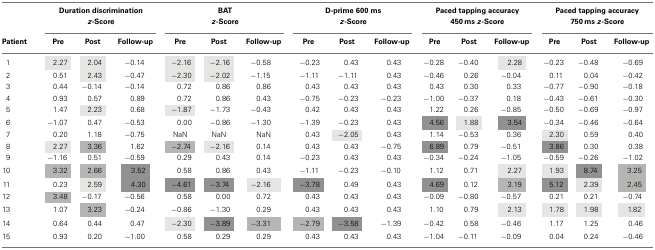
<table><thead><tr><td></td><td colspan="3"><b>Duration discrimination</b></td><td colspan="3"><b>BAT</b></td><td colspan="3"><b>D-prime 600 ms</b></td><td colspan="3"><b>Paced tapping accuracy</b></td><td colspan="3"><b>Paced tapping accuracy</b></td></tr><tr><td></td><td colspan="3"><b><i>z</i>-Score</b></td><td colspan="3"><b><i>z</i>-Score</b></td><td colspan="3"><b><i>z</i>-Score</b></td><td colspan="3"><b>450 ms <i>z</i>-Score</b></td><td colspan="3"><b>750 ms <i>z</i>-Score</b></td></tr><tr><td><b>Patient</b></td><td><b>Pre</b></td><td><b>Post</b></td><td><b>Follow-up</b></td><td><b>Pre</b></td><td><b>Post</b></td><td><b>Follow-up</b></td><td><b>Pre</b></td><td><b>Post</b></td><td><b>Follow-up</b></td><td><b>Pre</b></td><td><b>Post</b></td><td><b>Follow-up</b></td><td><b>Pre</b></td><td><b>Post</b></td><td><b>Follow-up</b></td></tr></thead><tbody><tr><td>1</td><td>2.27</td><td>2.04</td><td>-0.14</td><td>-2.16</td><td>-2.16</td><td>-0.58</td><td>-0.23</td><td>0.43</td><td>0.43</td><td>-0.28</td><td>-0.40</td><td>2.28</td><td>-0.23</td><td>-0.48</td><td>-0.69</td></tr><tr><td>2</td><td>0.51</td><td>2.43</td><td>-0.47</td><td>-2.30</td><td>-2.02</td><td>-1.15</td><td>-1.11</td><td>-1.11</td><td>0.43</td><td>-0.46</td><td>0.26</td><td>-0.04</td><td>0.11</td><td>0.04</td><td>-0.42</td></tr><tr><td>3</td><td>0.44</td><td>-0.14</td><td>-0.14</td><td>0.72</td><td>0.86</td><td>0.86</td><td>0.43</td><td>0.43</td><td>0.43</td><td>0.43</td><td>0.30</td><td>0.33</td><td>-0.77</td><td>-0.90</td><td>-0.18</td></tr><tr><td>4</td><td>0.93</td><td>0.57</td><td>0.89</td><td>0.72</td><td>0.86</td><td>0.43</td><td>-0.75</td><td>-0.23</td><td>-0.23</td><td>-1.00</td><td>-0.37</td><td>0.18</td><td>-0.43</td><td>-0.61</td><td>-0.30</td></tr><tr><td>5</td><td>1.47</td><td>2.23</td><td>0.68</td><td>-1.87</td><td>-1.73</td><td>-0.43</td><td>0.42</td><td>0.43</td><td>0.43</td><td>1.22</td><td>0.26</td><td>-0.85</td><td>-0.50</td><td>-0.69</td><td>-0.97</td></tr><tr><td>6</td><td>-1.07</td><td>0.47</td><td>-0.53</td><td>0.00</td><td>-0.86</td><td>-1.30</td><td>-1.39</td><td>-0.23</td><td>0.43</td><td>4.56</td><td>1.88</td><td>3.54</td><td>-0.34</td><td>-0.46</td><td>-0.64</td></tr><tr><td>7</td><td>0.20</td><td>1.18</td><td>-0.75</td><td>NaN</td><td>NaN</td><td>NaN</td><td>0.43</td><td>-2.05</td><td>0.43</td><td>1.14</td><td>-0.53</td><td>0.36</td><td>2.30</td><td>0.59</td><td>0.40</td></tr><tr><td>8</td><td>2.27</td><td>3.36</td><td>1.62</td><td>-2.74</td><td>-2.16</td><td>0.14</td><td>0.43</td><td>0.43</td><td>-0.75</td><td>6.89</td><td>0.79</td><td>-0.51</td><td>3.86</td><td>0.30</td><td>0.38</td></tr><tr><td>9</td><td>-1.16</td><td>0.51</td><td>-0.59</td><td>0.29</td><td>0.43</td><td>0.14</td><td>-0.23</td><td>0.43</td><td>0.43</td><td>-0.34</td><td>-0.24</td><td>-1.05</td><td>-0.59</td><td>-0.26</td><td>-1.02</td></tr><tr><td>10</td><td>3.32</td><td>2.66</td><td>3.52</td><td>0.58</td><td>0.86</td><td>0.43</td><td>-1.11</td><td>-0.23</td><td>-0.10</td><td>1.12</td><td>0.71</td><td>2.27</td><td>1.93</td><td>8.74</td><td>3.25</td></tr><tr><td>11</td><td>0.23</td><td>2.59</td><td>4.30</td><td>-4.61</td><td>-3.74</td><td>-2.16</td><td>-3.78</td><td>0.49</td><td>0.43</td><td>4.69</td><td>0.12</td><td>3.19</td><td>5.12</td><td>2.39</td><td>2.45</td></tr><tr><td>12</td><td>3.48</td><td>-0.17</td><td>-0.56</td><td>0.58</td><td>0.00</td><td>0.72</td><td>0.43</td><td>0.43</td><td>0.43</td><td>-0.09</td><td>-0.80</td><td>-0.57</td><td>0.21</td><td>0.21</td><td>-0.74</td></tr><tr><td>13</td><td>1.07</td><td>3.23</td><td>-0.24</td><td>-0.86</td><td>-1.30</td><td>0.29</td><td>0.43</td><td>0.43</td><td>0.43</td><td>1.10</td><td>0.79</td><td>2.13</td><td>1.78</td><td>1.98</td><td>1.82</td></tr><tr><td>14</td><td>0.64</td><td>0.44</td><td>0.47</td><td>-2.30</td><td>-3.89</td><td>-3.31</td><td>-2.79</td><td>-3.58</td><td>-1.39</td><td>-0.42</td><td>0.58</td><td>-0.46</td><td>1.17</td><td>1.25</td><td>0.46</td></tr><tr><td>15</td><td>0.93</td><td>0.20</td><td>-1.00</td><td>0.58</td><td>0.29</td><td>0.29</td><td>0.43</td><td>0.43</td><td>0.43</td><td>-1.04</td><td>-0.11</td><td>-0.09</td><td>0.04</td><td>0.24</td><td>-0.46</td></tr></tbody></table>